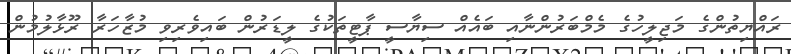
ރައްޔިތުންގެ މަޖިލީހުގެ މެމްބަރުންނާއި ބައެއް ސިޔާސީ ޕާޓީތަކުގެ ލީޑަރުން ބައިވެރިވި މުޒާހަރާ ރޫޅާލުމުން